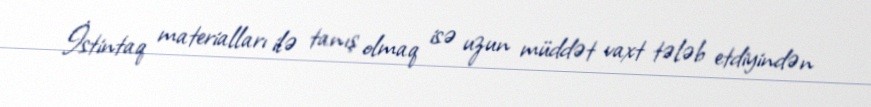
İstintaq materialları ilə tanış olmaq isə uzun müddət vaxt tələb etdiyindən